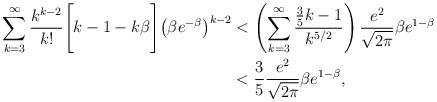
LaTeX: \begin{align*}\sum_{k=3}^\infty \frac{k^{k-2}}{k!}\Bigg[k-1- k\beta\Bigg]\big(\beta e^{-\beta}\big)^{k-2} &< \left(\sum_{k=3}^\infty \frac{\frac{3}{5}k-1}{k^{5/2}} \right)\frac{e^2}{\sqrt{2\pi}} \beta e^{1-\beta} \\&< \frac{3}{5}\frac{e^2}{\sqrt{2\pi}} \beta e^{1-\beta},\end{align*}